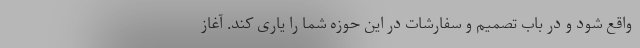
واقع شود و در باب تصمیم و سفارشات در این حوزه شما را یاری کند. آغاز